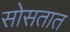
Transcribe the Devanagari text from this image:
सोसतात